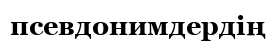
псевдонимдердің